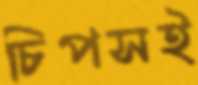
চিপসই